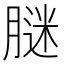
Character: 𦟂